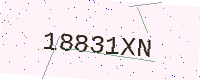
Text: 18831XN